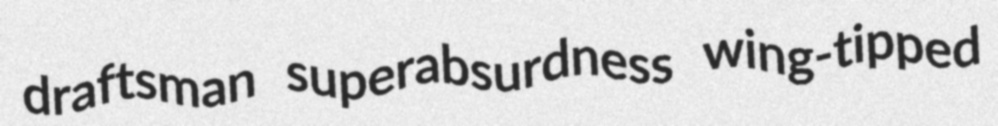
draftsman superabsurdness wing-tipped